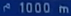
1000 m